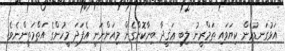
އަޅުގަނޑުމެން ކިޔަވައި ތަމްރީނު ލިބި ޢަޤީދާ ބިނާކޮށްގެން މިއަންނަނީ އެފަދަ މީހުންގެ އަތްމަތީންނެވެ.